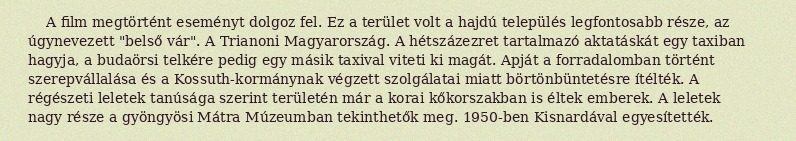
A film megtörtént eseményt dolgoz fel. Ez a terület volt a hajdú település legfontosabb része, az úgynevezett "belső vár". A Trianoni Magyarország. A hétszázezret tartalmazó aktatáskát egy taxiban hagyja, a budaörsi telkére pedig egy másik taxival viteti ki magát. Apját a forradalomban történt szerepvállalása és a Kossuth-kormánynak végzett szolgálatai miatt börtönbüntetésre ítélték. A régészeti leletek tanúsága szerint területén már a korai kőkorszakban is éltek emberek. A leletek nagy része a gyöngyösi Mátra Múzeumban tekinthetők meg. 1950-ben Kisnardával egyesítették.